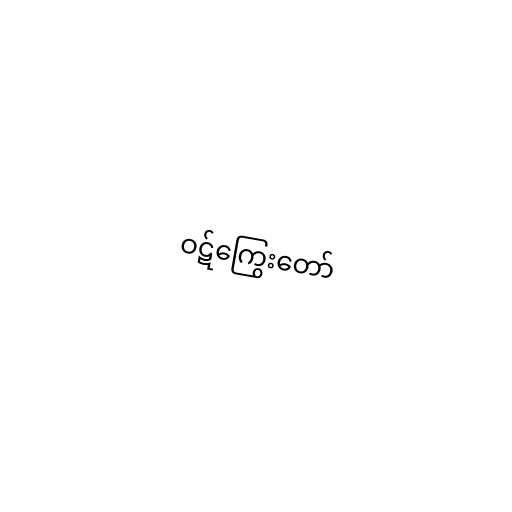
ဝဋ်ကြွေးတော်